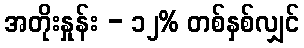
အတိုးနှုန်း - ၁၂% တစ်နှစ်လျှင်